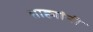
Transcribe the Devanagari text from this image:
शाह्यांनी